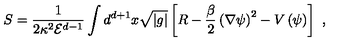
S = \frac { 1 } { 2 \kappa ^ { 2 } { \mathcal E } ^ { d - 1 } } \int d ^ { d + 1 } x \sqrt { | g | } \left[ R - \frac { \beta } { 2 } \left( \nabla \psi \right) ^ { 2 } - V \left( \psi \right) \right] \ ,